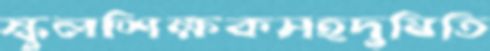
স্কুলশিক্ষকসহদুষিতি